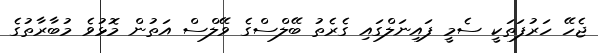
ޖެހޭ ހަރުފަތަކީ ސެމީ ފައިނަލްގައި ގެރެތު ބޭލްސްގެ ވޭލްސް އަތުން މޮޅުވެ މުބާރާތުގެ